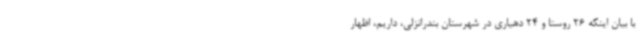
با بیان اینکه 26 روستا و 24 دهیاری در شهرستان بندرانزلی، داریم، اظهار